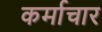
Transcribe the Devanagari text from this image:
कर्माचार